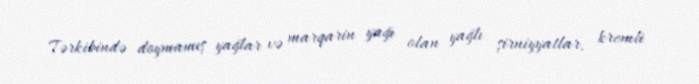
Tərkibində doymamış yağlar və marqarin yağı olan yağlı şirniyyatlar, kremli